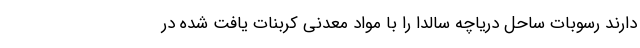
دارند رسوبات ساحل دریاچه سالدا را با مواد معدنی کربنات یافت شده در